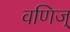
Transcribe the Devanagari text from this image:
वणिज्